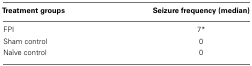
<table><thead><tr><td><b>Treatment groups</b></td><td><b>Seizure frequency (median)</b></td></tr></thead><tbody><tr><td>FPI</td><td>7*</td></tr><tr><td>Sham control</td><td>0</td></tr><tr><td>Naïve control</td><td>0</td></tr></tbody></table>